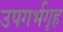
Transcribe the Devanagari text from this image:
उपगर्भगृह